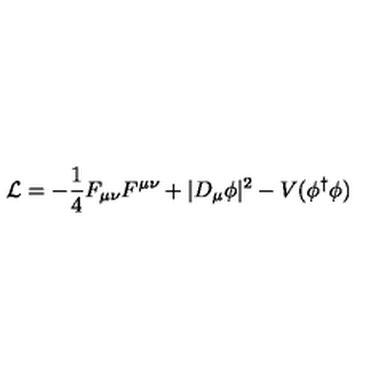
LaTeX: { \mathcal L } = - \frac { 1 } { 4 } F _ { \mu \nu } F ^ { \mu \nu } + \vert D _ { \mu } \phi \vert ^ { 2 } - V ( \phi ^ { \dagger } \phi )